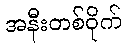
အနီးတစ်ဝိုက်